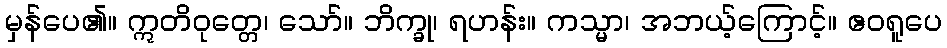
မှန်ပေ၏။ ဣတိဝုတ္တေ၊ သော်။ ဘိက္ခု၊ ရဟန်း။ ကသ္မာ၊ အဘယ့်ကြောင့်။ ဧဝရူပေ